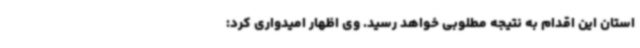
استان این اقدام به نتیجه مطلوبی خواهد رسید. وی اظهار امیدواری کرد: